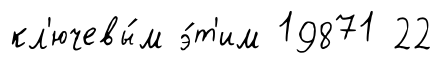
кл'ючевы́м э́т'им 19871 22